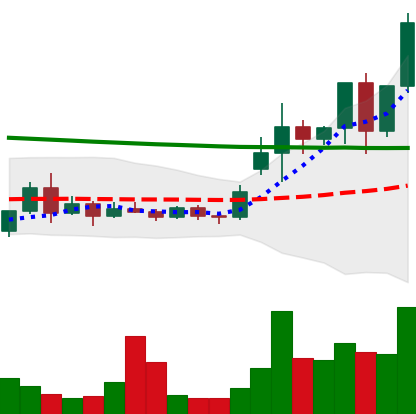
Ticker: ETC-USD
Chart end date: 2020-11-24
Forward return: -11.943%
Label: down_7plus